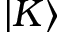
| K \rangle